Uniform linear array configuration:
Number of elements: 32
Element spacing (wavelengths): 1
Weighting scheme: kaiser
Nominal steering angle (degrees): -30
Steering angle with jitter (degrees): -31.649
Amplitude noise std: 0.05
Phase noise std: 0.05

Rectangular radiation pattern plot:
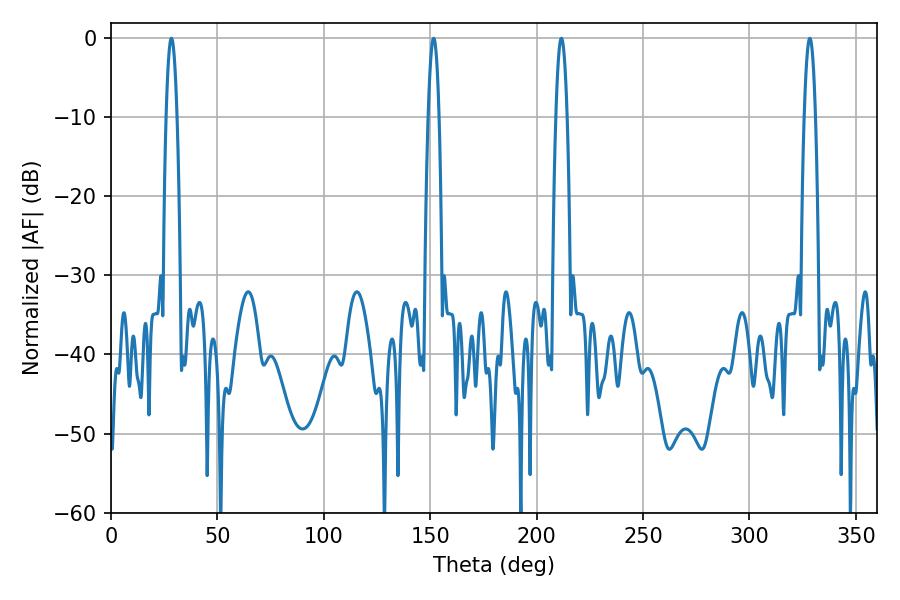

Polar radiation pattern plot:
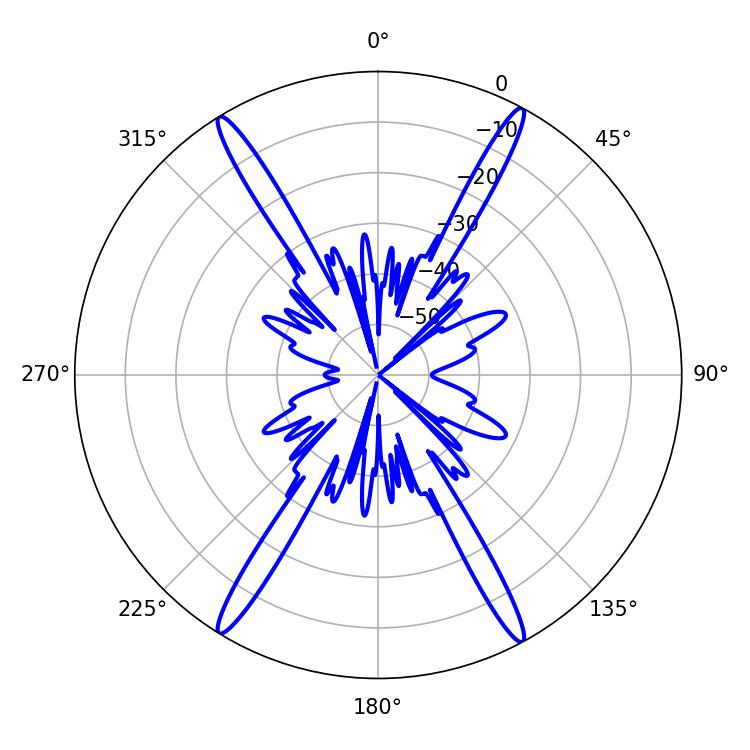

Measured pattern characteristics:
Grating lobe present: TRUE
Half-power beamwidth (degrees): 2.88
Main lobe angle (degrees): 328.32